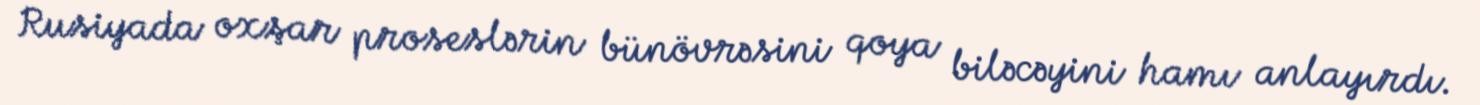
Rusiyada oxşar proseslərin bünövrəsini qoya biləcəyini hamı anlayırdı.